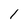
Character: 1